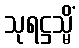
သုရဋ္ဌသ္မိံ